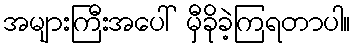
အများကြီးအပေါ် မှီခိုခဲ့ကြရတာပါ။